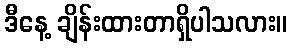
ဒီနေ့ ချိန်းထားတာရှိပါသလား။